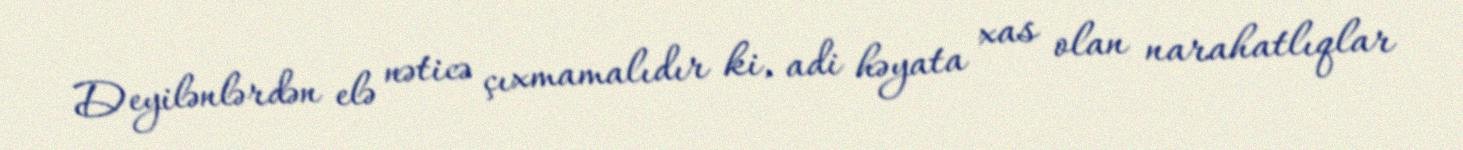
Deyilənlərdən elə nəticə çıxmamalıdır ki, adi həyata xas olan narahatlıqlar